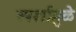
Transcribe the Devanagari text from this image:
स्पर्शामुळे